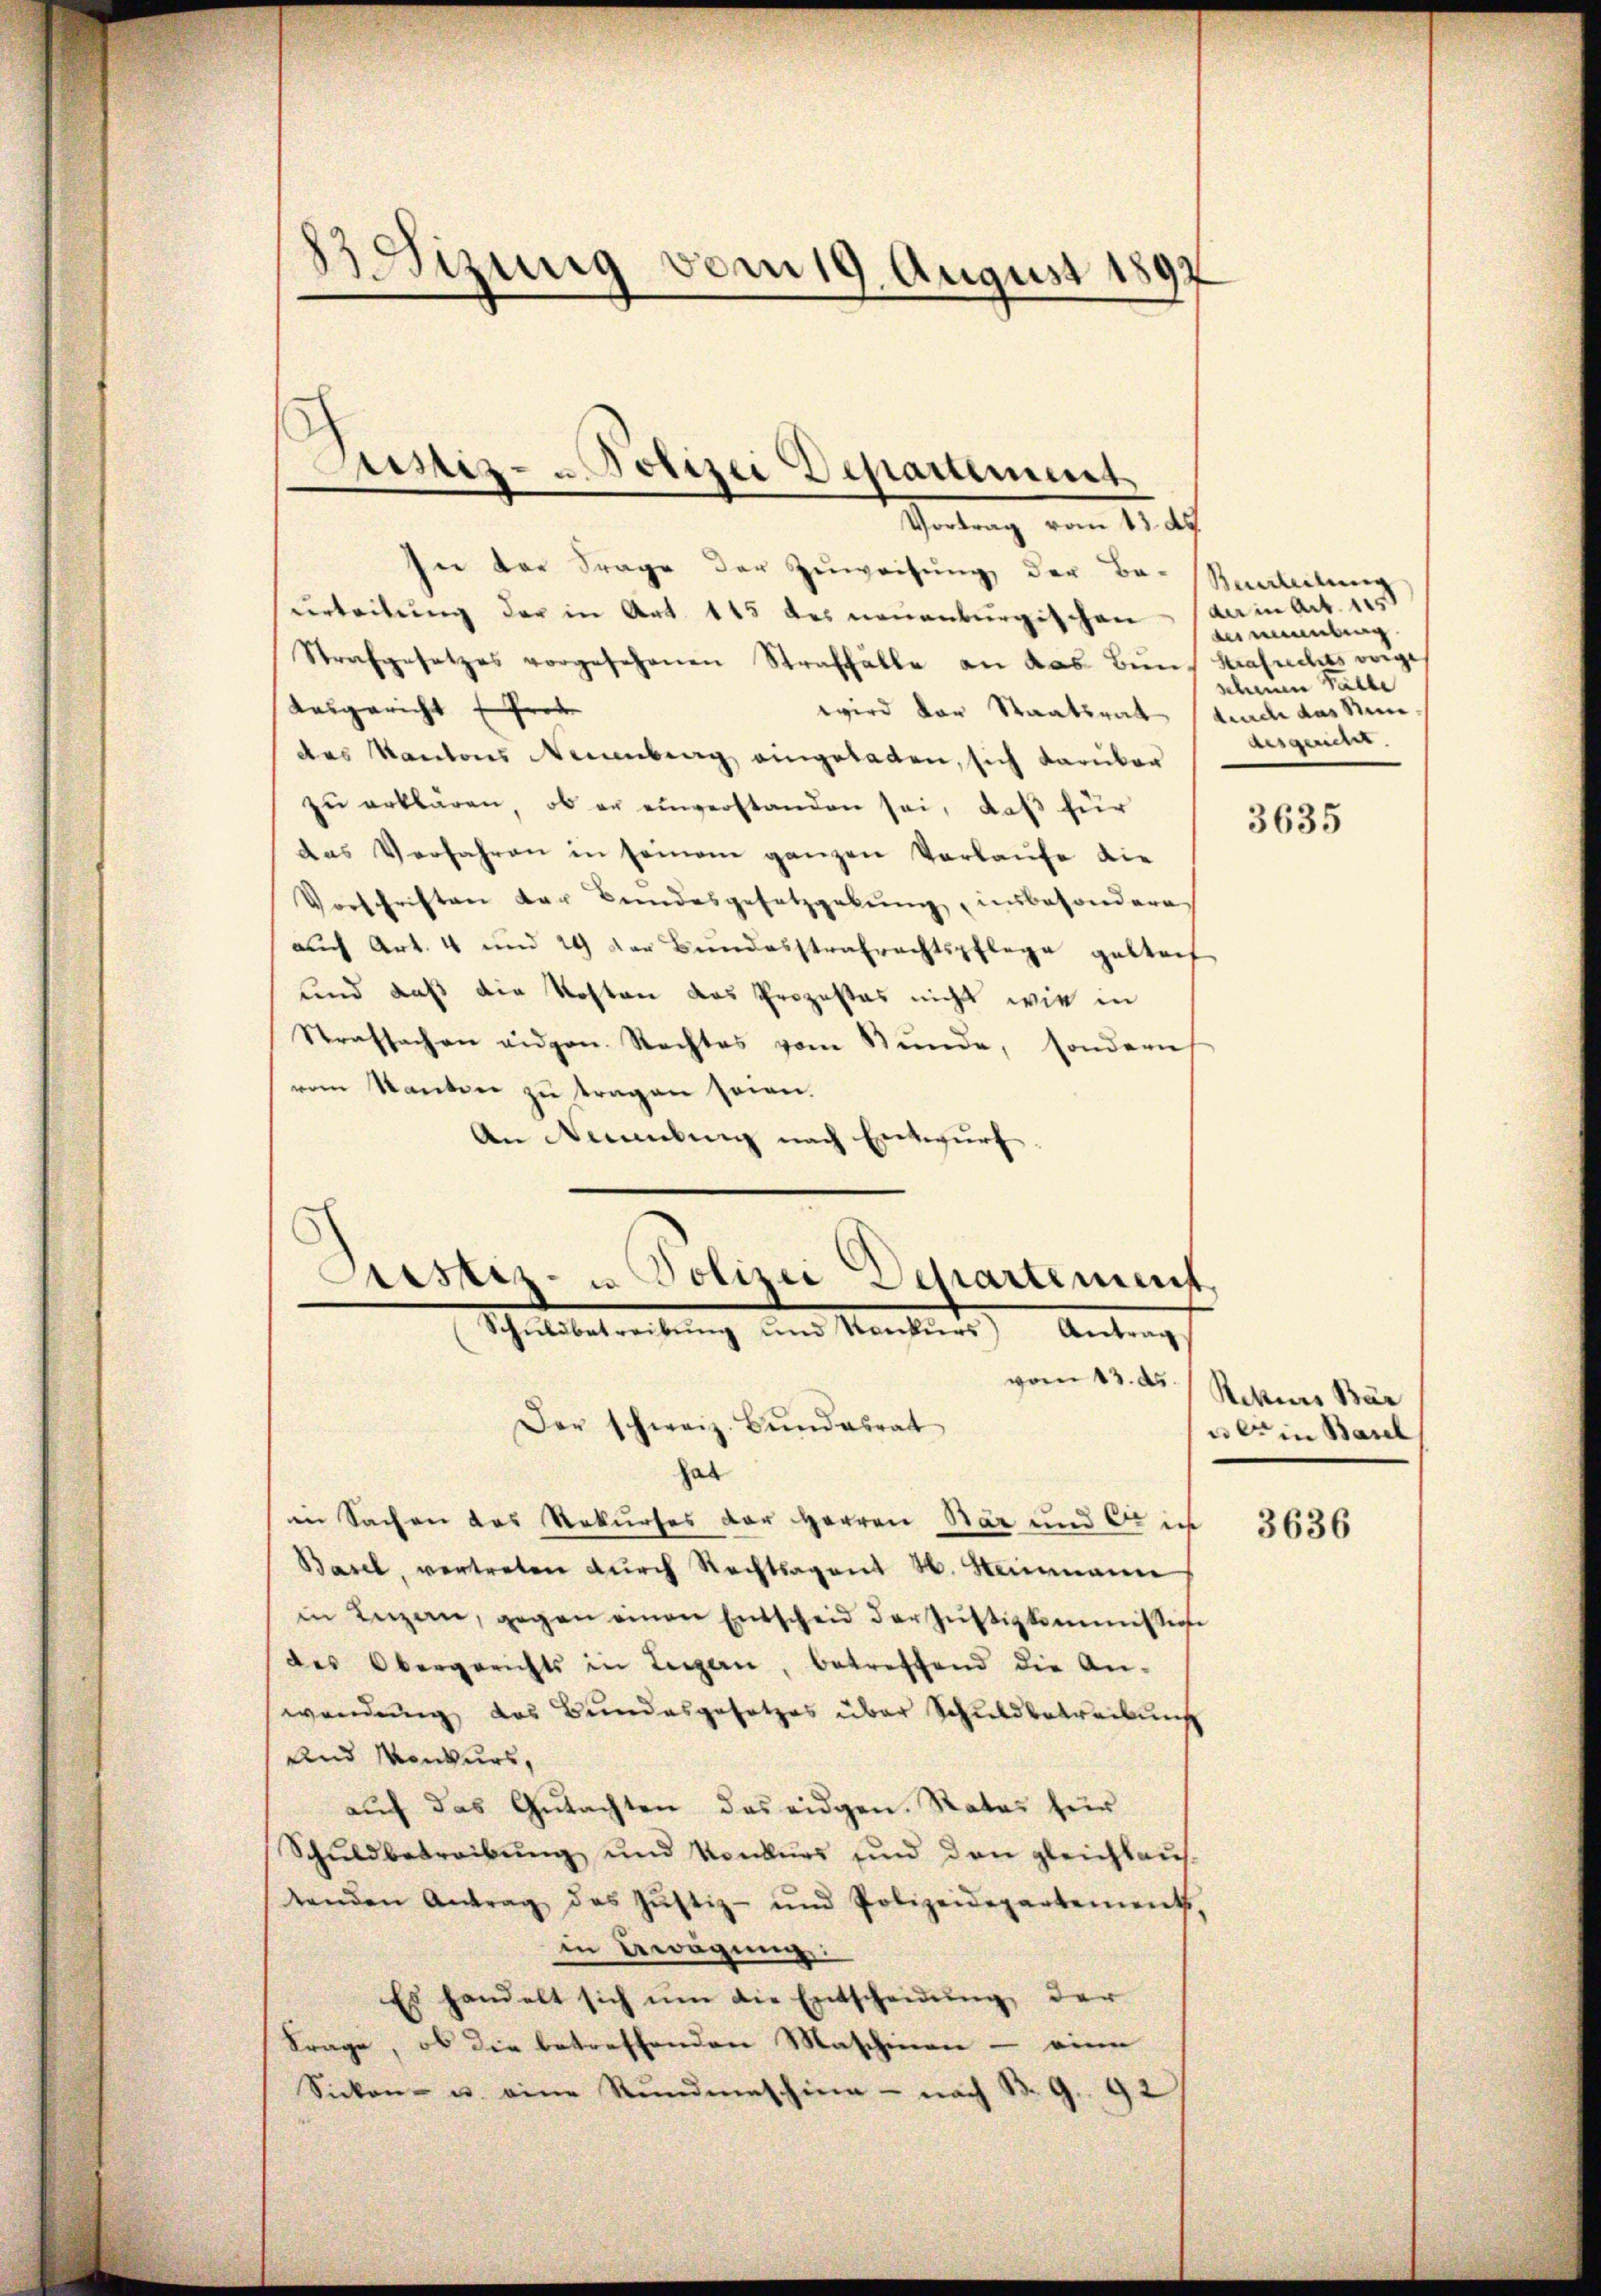
83. Sizung vom 19. August 1897

Justiz- u. Polizei Departement
Setung vom 11.

In der Frage der Zuweisung der Be- Saaleilung
urteilung der in Art. 115 des neuenburgischen (da in Art. 115
Strafgesetzes vorgesehenen Straffälle an das Bund Krafrechts vorge
Ausgericht Prot
wird der Staatsrat durch das Nun
des Kantons Neuenburg eingeladen, sich darüber
zu erklären, ob er einverstanden sei, daß für
das Verfahren in seinem ganzen Vorlaufe die
Vorschriften der Bundesgesetzgebung insbesonderes
auch Art. 4 und 29 der Bundesstrafrechtspflege gelteif
und daß die Kosten das Prozestes nicht wie in
Strafsachen eidgen. Nachtes vom Stŭnde, sondern
vem Kanten zŭ tragen seien.
An Neuenburg nach Entwurf.
Astiz- u Polizei Departement
Schŭldbetreibŭng und Konkŭrs Antrag

vom 13. ds.

Der schweiz. Bundesrat
hab
in Sachen des Rekurses der Herren Bär und er in
Basel, vertreten durch Rechtsagent N. Steinmann
in Anzen, gegen einen Entscheid der Justizkommissione
des Obergerichts in Leigen, betreffend die An-
wendung das Bundesgesetzes über Schuldbetreibung
Und Konkurs,
aŭch das Gutachten des eidgen. Rates für
Schuldbetreibung und Konkurs und den gleichhaus-
tenden Antrag des Jŭstiz- und Polizeidepartement,
in Bewegung
Es handelt sich um die Entscheidung der
Frage, ob die betreffenden Maschinen - eine
Sicken- u. eine Rŭndmaschina - nach B. G. 92

vermutung
schen Fälle
ausgeme

3635

Rekurs Bär
uer in Basel

3636